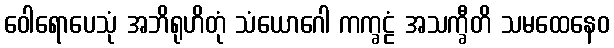
ဝေါရောပေသုံ အဘိရုဟိတုံ သံယောဂေါ ကက္ခဠံ အသက္ခီတိ သမထေနေဝ